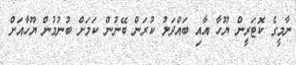
ނާމީގެ ކޮޓަރީން ޔޫހާ އާއި ބައްދަލު ކުރަން ބޭނުން ކަމަށް ބުނުމުން ޔޫހާއަށް